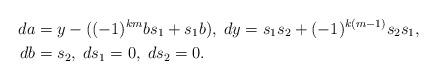
LaTeX: \begin{align*} d a &=y - ((-1)^{km}bs_{1}+s_{1}b),\; dy = s_{1}s_{2} + (-1)^{k(m-1)}s_{2}s_{1},\\db &=s_{2},\; ds_{1}=0,\; ds_{2}=0.\end{align*}